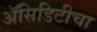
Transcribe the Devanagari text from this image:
अॅसिडिटीचा